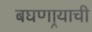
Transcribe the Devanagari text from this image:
बघणार्‍याची